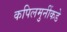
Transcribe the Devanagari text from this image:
कपिलमुनींकडे